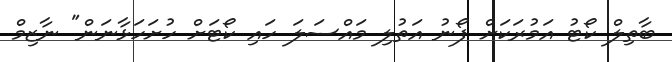
ބާތިލް ކޯޓު އަމުރަކަށް ފޯނު އަތުލި މައްސަލަ ހައި ކޯޓަށް ހުށަހަޅާނަން" ނާޒިމް